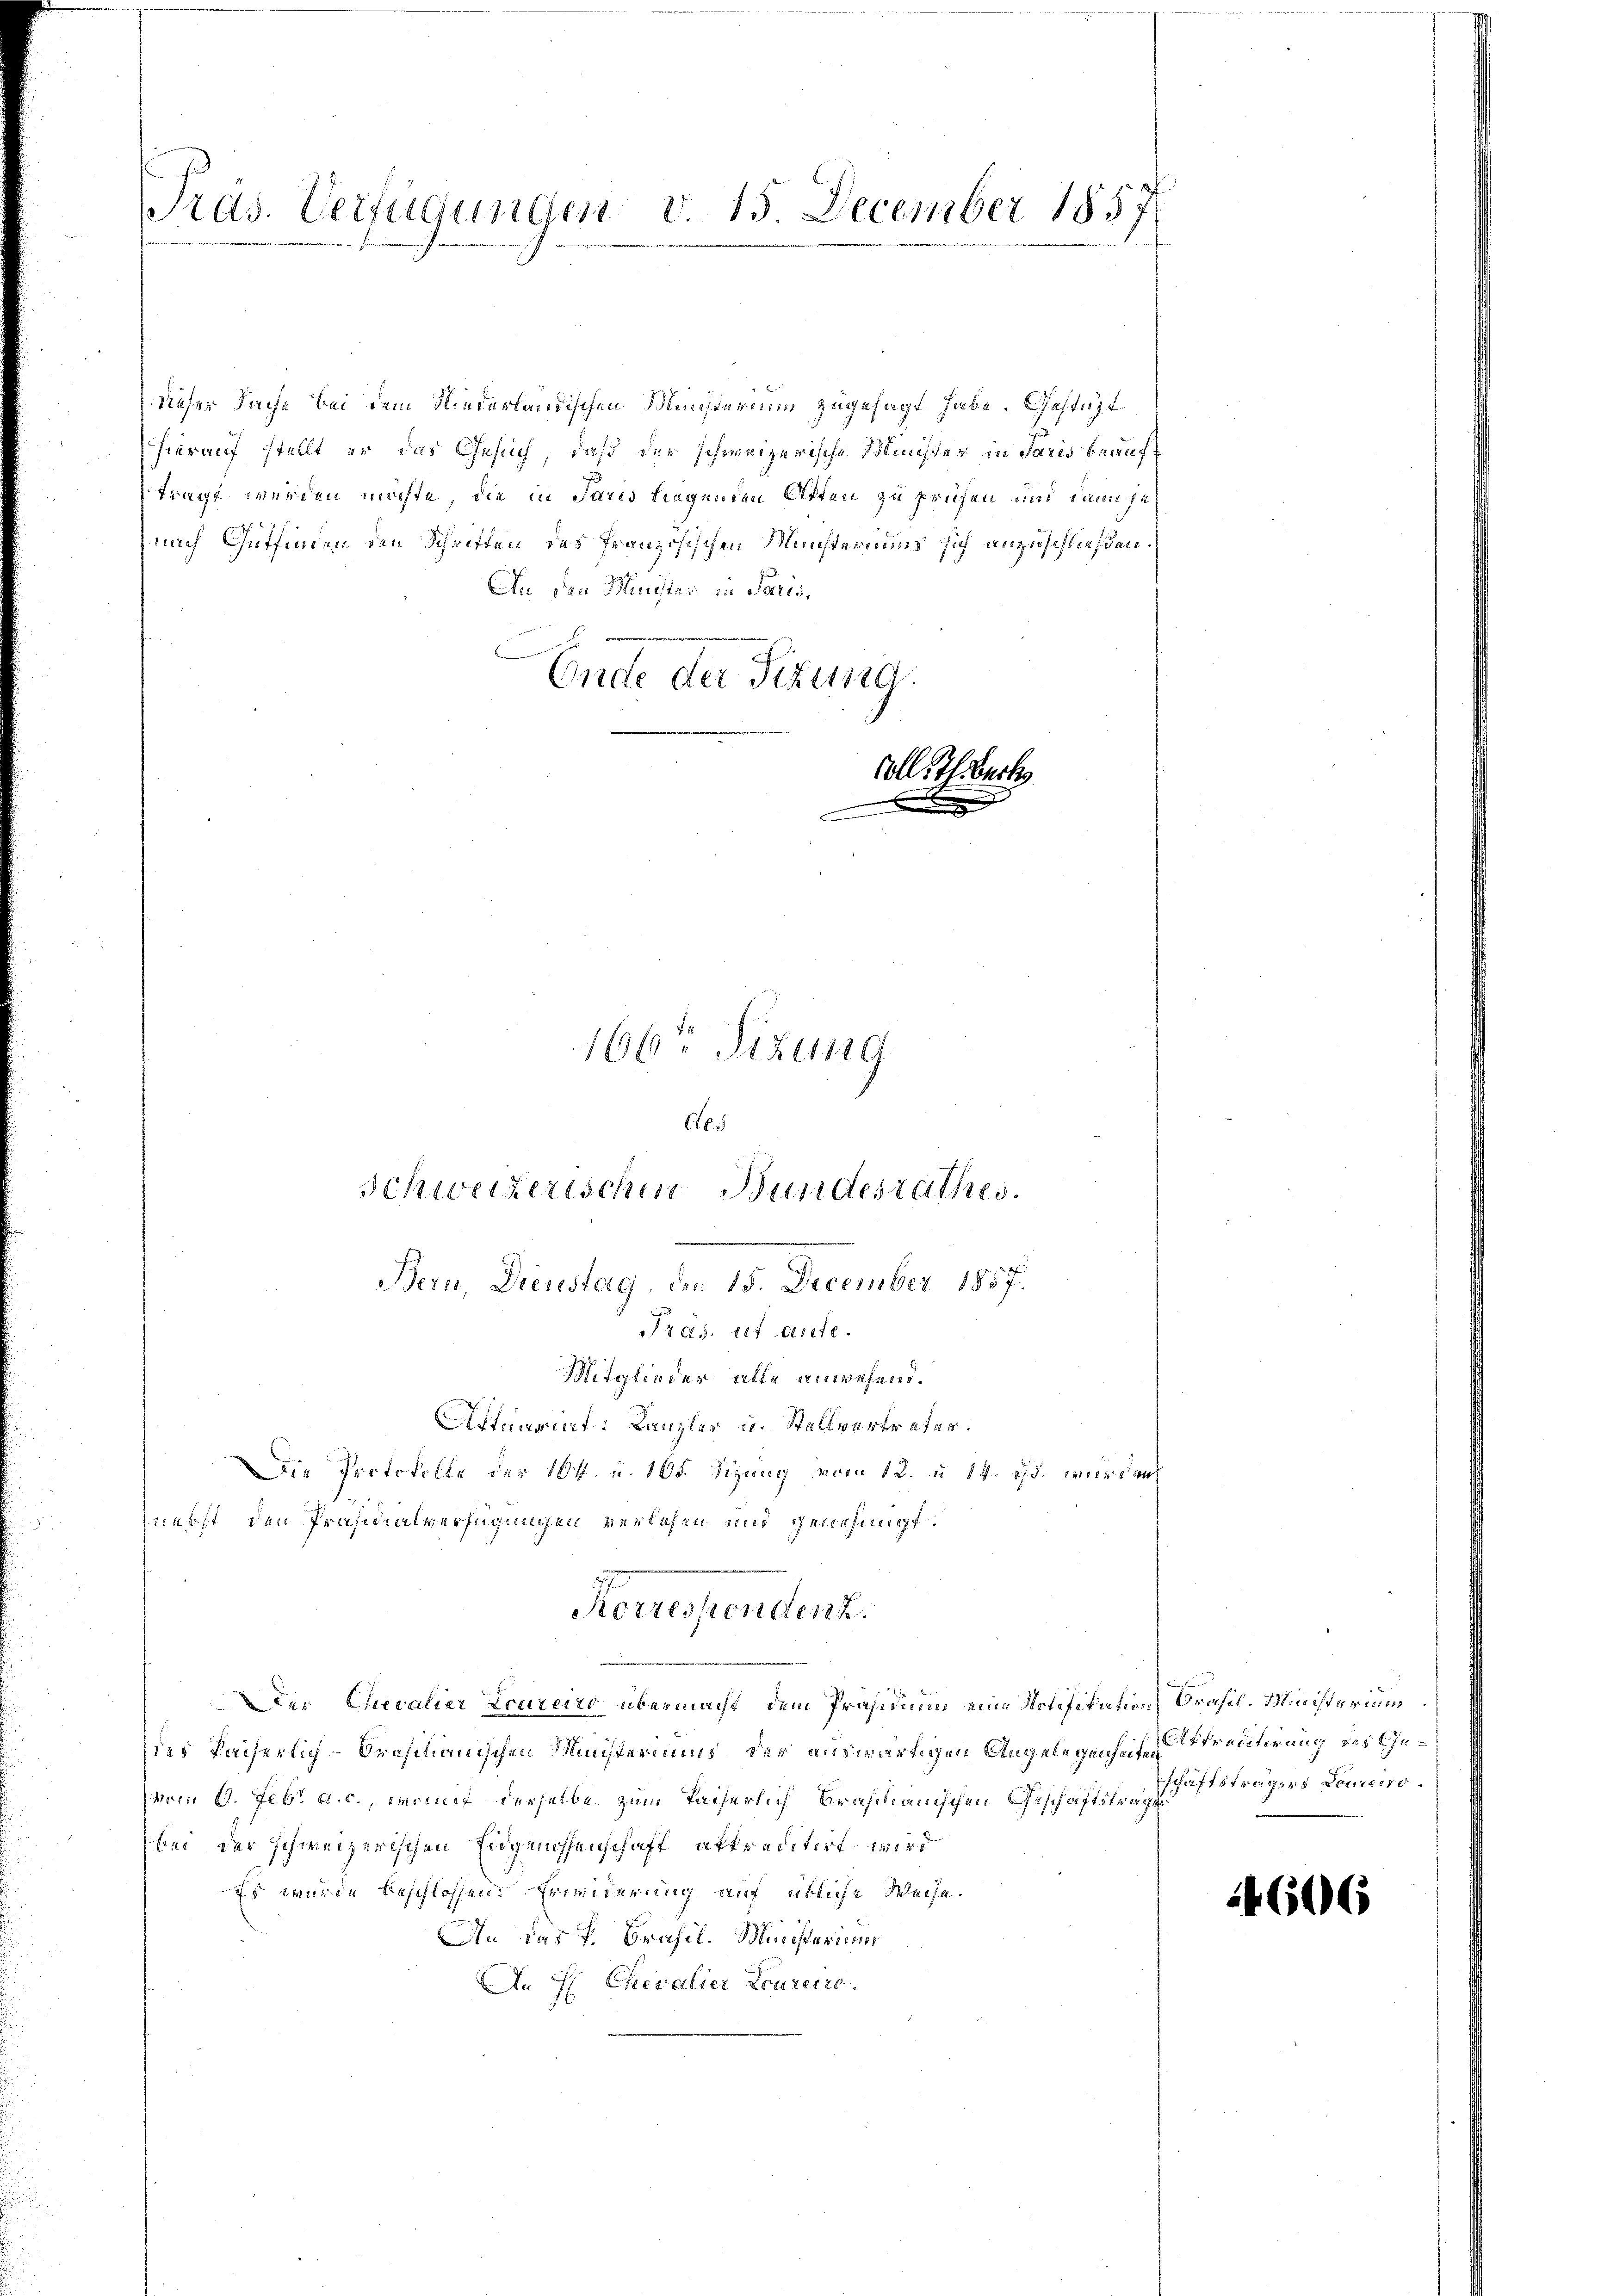
Präs. Verfügungen v. 15. December 1857

dieser Sache bei dem Niederländischen Ministerium zugesagt habe. Gestüzt
hierauf stellt er das Gesuch, daß der schweizerische Minister in Paris beauftragt werden möchte, die in Paris liegenden Atten zu prüfen und dann je
nach Gutfinden den Schriften des französischen Münsteriums sich anzuschließen.
An den Minister in Paris,
Ende der Sitzung.
coll Th. Beck
A

166 Sizung

Aes
Schweizerischen Bundesrathes.
Bern, Dienstag, den 15. December 1857.
Präs. ist aute.
Mitglieder alle anwesend.

Korressendenz.

Astauraf: Kanzler u. Stellvertreter.
Die Protokolle der 104. u. 105. Sizung vom 12. u. 14. ds. wurden
znerst den Präsidialverfügungen verlesen und genehmigt.
Der Chevalier Loureiro übermacht dem Präsidium eine Notifikation Brasil. Ministerium
ies facherlich-Brasianischen Ministeriums der auswärtigen Angelegenheiten
vom 6. Febr. a. c., womit derselbe zum Taiserlich brahmanischen Geschäftstratsträgers Loucisobei der schweizerischen Eidgenossenschaft attreditirt wird
Es wurde beschlossen: Ereiderung auf übliche Weise.
An das P. Brasil. Muristerims
An H Chevalier Laurecrc.

Attraditirung des Ehe¬

4606